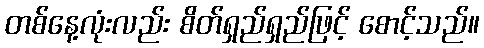
တစ်နေ့လုံးလည်း စိတ်ရှည်ရှည်ဖြင့် စောင့်သည်။